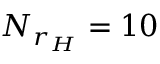
N _ { r _ { H } } = 1 0